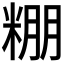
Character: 𮇧